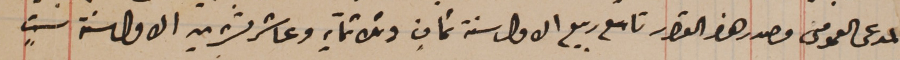
المدعى العمومى وصدر هذا القرار تاسع ربيع الاول سنة ثمانٍ وثلاثماية وعاشر تشرين الاول سنة ستٍ